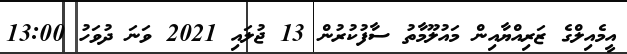
އީމެއިލްގެ ޒަރިއްޔާއިން މައުލޫމާތު ސާފުކުރުން 13 ޖުލައި 2021 ވަނަ ދުވަހު 13:00